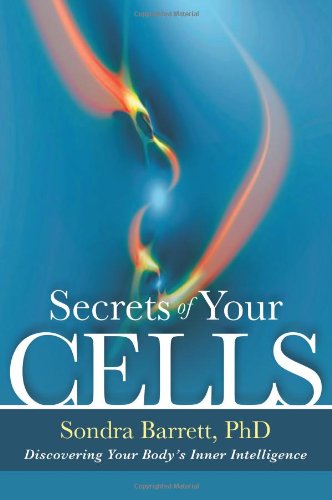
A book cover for Secrets of Your Cells: Discovering Your Body's Inner Intelligence; Sondra Barret  PhD; Medical Books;